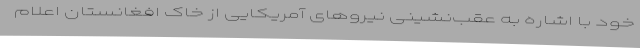
خود با اشاره به عقب‌نشینی نیروهای آمریکایی از خاک افغانستان اعلام